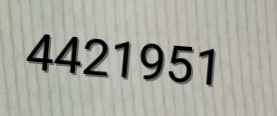
4421951